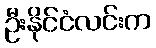
ဦးနိုင်ငံလင်းက